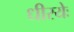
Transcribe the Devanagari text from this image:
धीरयेः